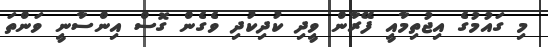
މި ގައުމުގެ އިޖުތިމާއީ ފޭރާން ވީދި ކުދިކުދި ވެގެން ގޮސް އިންސާނީ ވަންތަ